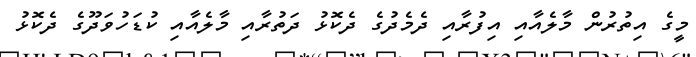
މީގެ އިތުރުން މާލެއާއި އިފުރާއި ދެމެދުގެ ދެކޮޅު ދަތުރާއި މާލެއާއި ކުޑަހުވަދޫގެ ދެކޮޅު